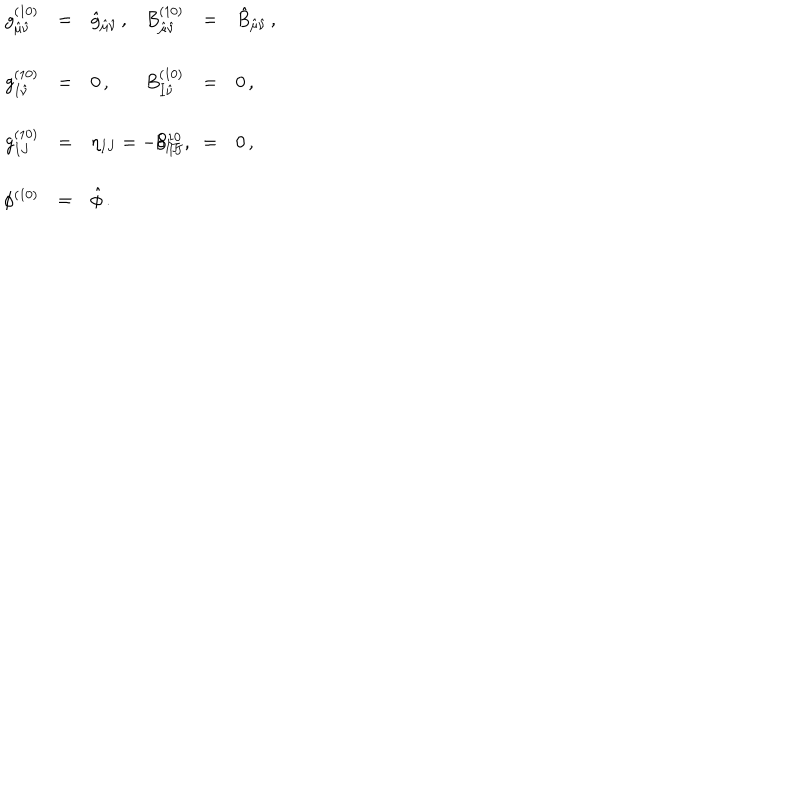
\begin{array} { r c l r c l } { { g _ { \hat { \mu } \hat { \nu } } ^ { ( 1 0 ) } } } & { { = } } & { { \hat { g } _ { \hat { \mu } \hat { \nu } } \, , } } & { { B _ { \hat { \mu } \hat { \nu } } ^ { ( 1 0 ) } } } & { { = } } & { { \hat { B } _ { \hat { \mu } \hat { \nu } } \, , } } \\ { { } } & { { } } & { { } } & { { } } & { { } } & { { } } \\ { { g _ { I \hat { \nu } } ^ { ( 1 0 ) } } } & { { = } } & { { 0 \, , } } & { { B _ { I \hat { \nu } } ^ { ( 1 0 ) } } } & { { = } } & { { 0 \, , } } \\ { { } } & { { } } & { { } } & { { } } & { { } } & { { } } \\ { { g _ { I J } ^ { ( 1 0 ) } } } & { { = } } & { { \eta _ { I J } = - \delta _ { I J } \, , \hspace { 1 . 5 c m } } } & { { B _ { I J } ^ { 1 0 } } } & { { = } } & { { 0 \, , } } \\ { { } } & { { } } & { { } } & { { } } & { { } } & { { } } \\ { { \phi ^ { ( 1 0 ) } } } & { { = } } & { { \hat { \phi } \, . } } & { { } } & { { } } & { { } } \\ \end{array}